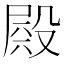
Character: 𣪫